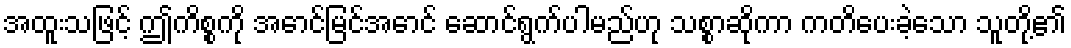
အထူးသဖြင့် ဤကိစ္စကို အောင်မြင်အောင် ဆောင်ရွက်ပါမည်ဟု သစ္စာဆိုကာ ကတိပေးခဲ့သော သူတို့၏